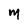
Character: m